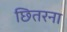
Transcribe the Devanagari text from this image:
छितरना